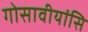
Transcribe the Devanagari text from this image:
गोसावीयांसि